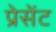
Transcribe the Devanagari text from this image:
प्रेसेंट